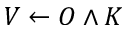
V \leftarrow O \land K